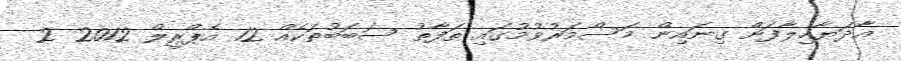
އާދަޔާޚިލާފަށް ގިނައިން މަސްމަރުވުމުގައި ތަފާތު ސަބަބުތަކެއް 12 އެޕްރީލް 2012 2